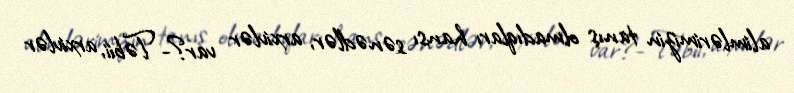
alimlərimizin tanış olmadıqları hansı sənədlər, arxivlər var?- Təbii, arxivlər